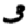
Digit: 3